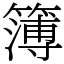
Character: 簿